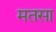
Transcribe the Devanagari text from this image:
मतसा